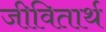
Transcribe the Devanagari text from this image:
जीवितार्थ